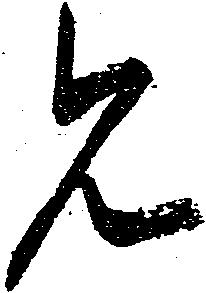
見